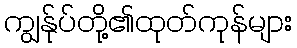
ကျွန်ုပ်တို့၏ထုတ်ကုန်များ